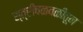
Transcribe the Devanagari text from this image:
स्त्रीचळवळीतून